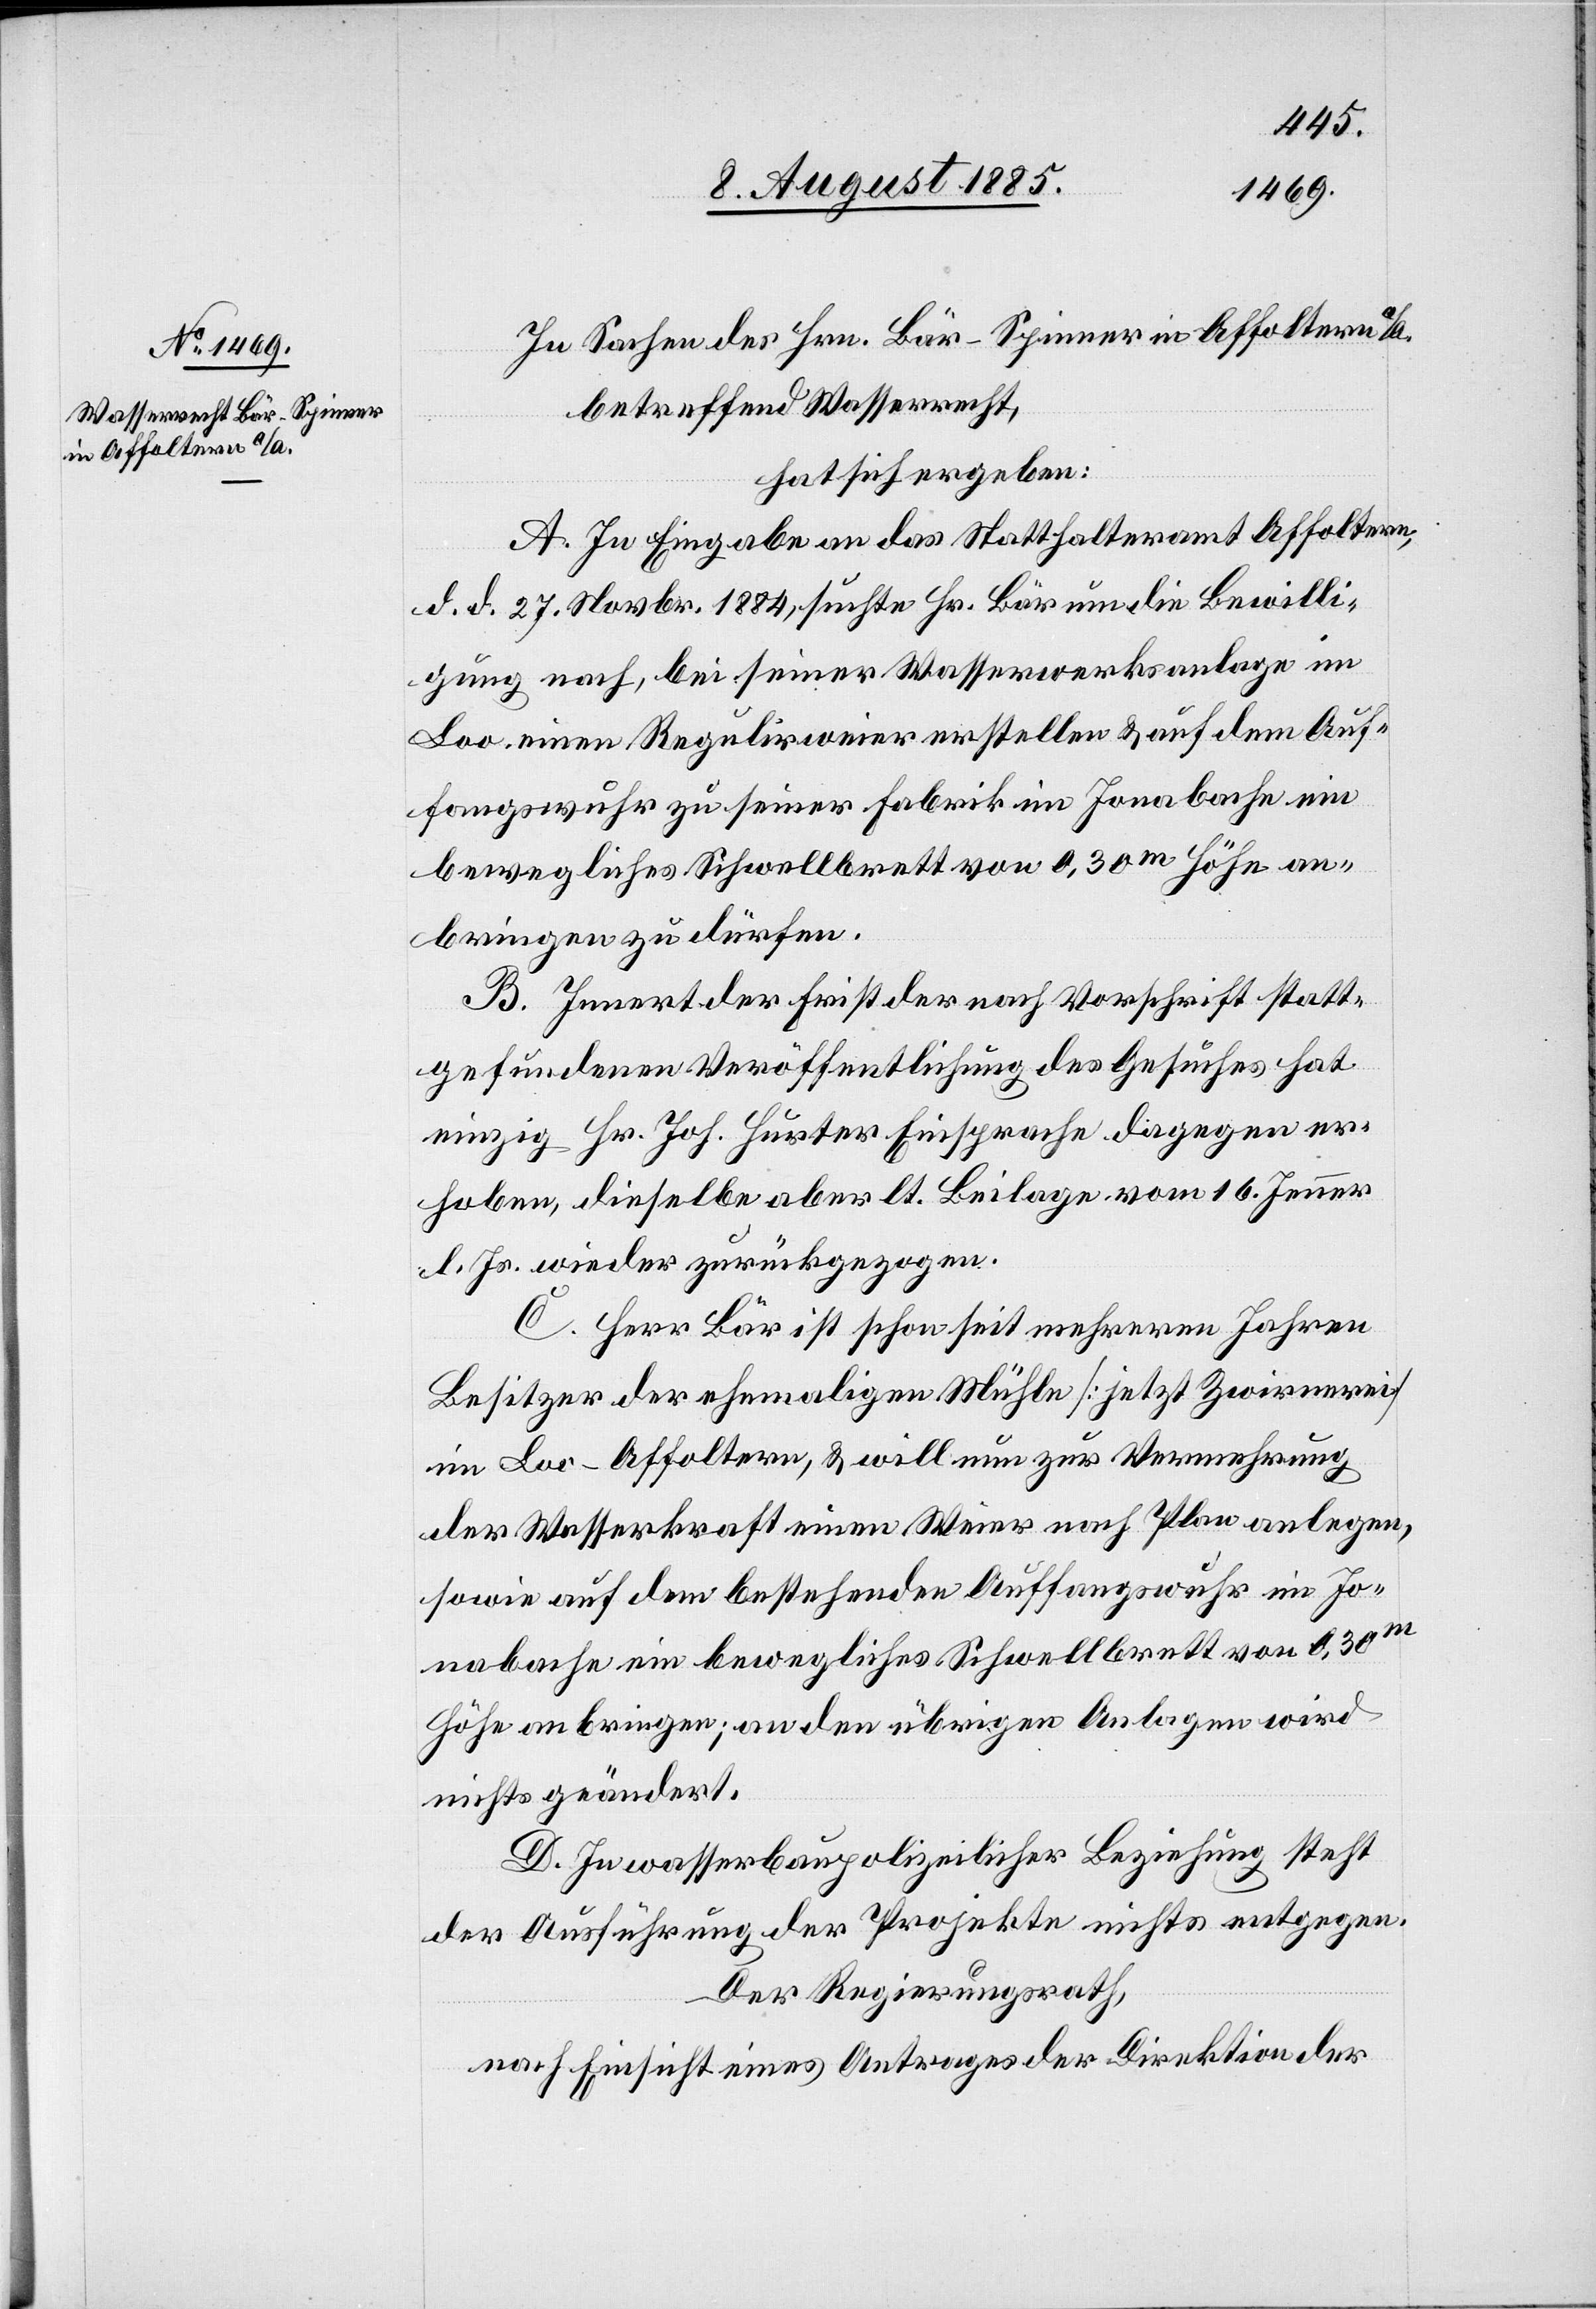
In Sachen des Hrn. Bär - Spinner in Affoltern a/A.
betreffend Wasserrecht,
hat sich ergeben:
A. In Eingaben an das Statthalteramt Affoltern,
d. d. 27. Novbr. 1884, suchte Hr. Bär um die Bewilli¬
gung nach, bei seiner Wasserwerksanlage im
Loo einen Regulirweier erstellen & auf dem Auf¬
fangswuhr zu seiner Fabrik im Jonabache ein
bewegliches Schwellbrett von 0,30m Höhe an¬
bringen zu dürfen.
B. Innert der Frist der nach Vorschrift statt¬
gefundenen Veröffentlichung des Gesuches hat
einzig Hr. Joh. Hurter Einsprache dagegen er¬
hoben, dieselbe aber lt. Beilage vom 16. Jenner
l. Js. wieder zurückgezogen.
C. Herr Bär ist schon seit mehreren Jahren
Besitzer der ehemaligen Mühle [jetzt Zwirnerei]
im Loo - Affoltern, & will nun zur Vermehrung
der Wasserkraft einen Weier nach Plan anlegen,
sowie auf dem bestehenden Auffangswuhr im Jo¬
nabache ein bewegliches Schwellbrett von 0,30m
Höhe anbringen; an den übrigen Anlagen wird
nichts geändert.
D. In wasserbaupolizeilicher Beziehung steht
der Ausführung der Projekte nichts entgegen.
Der Regierungsrath,
nach Einsicht eines Antrages der Direktion der